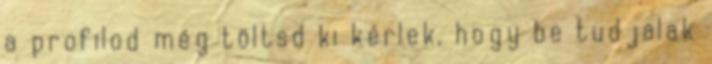
a profilod még töltsd ki kérlek, hogy be tudjalak